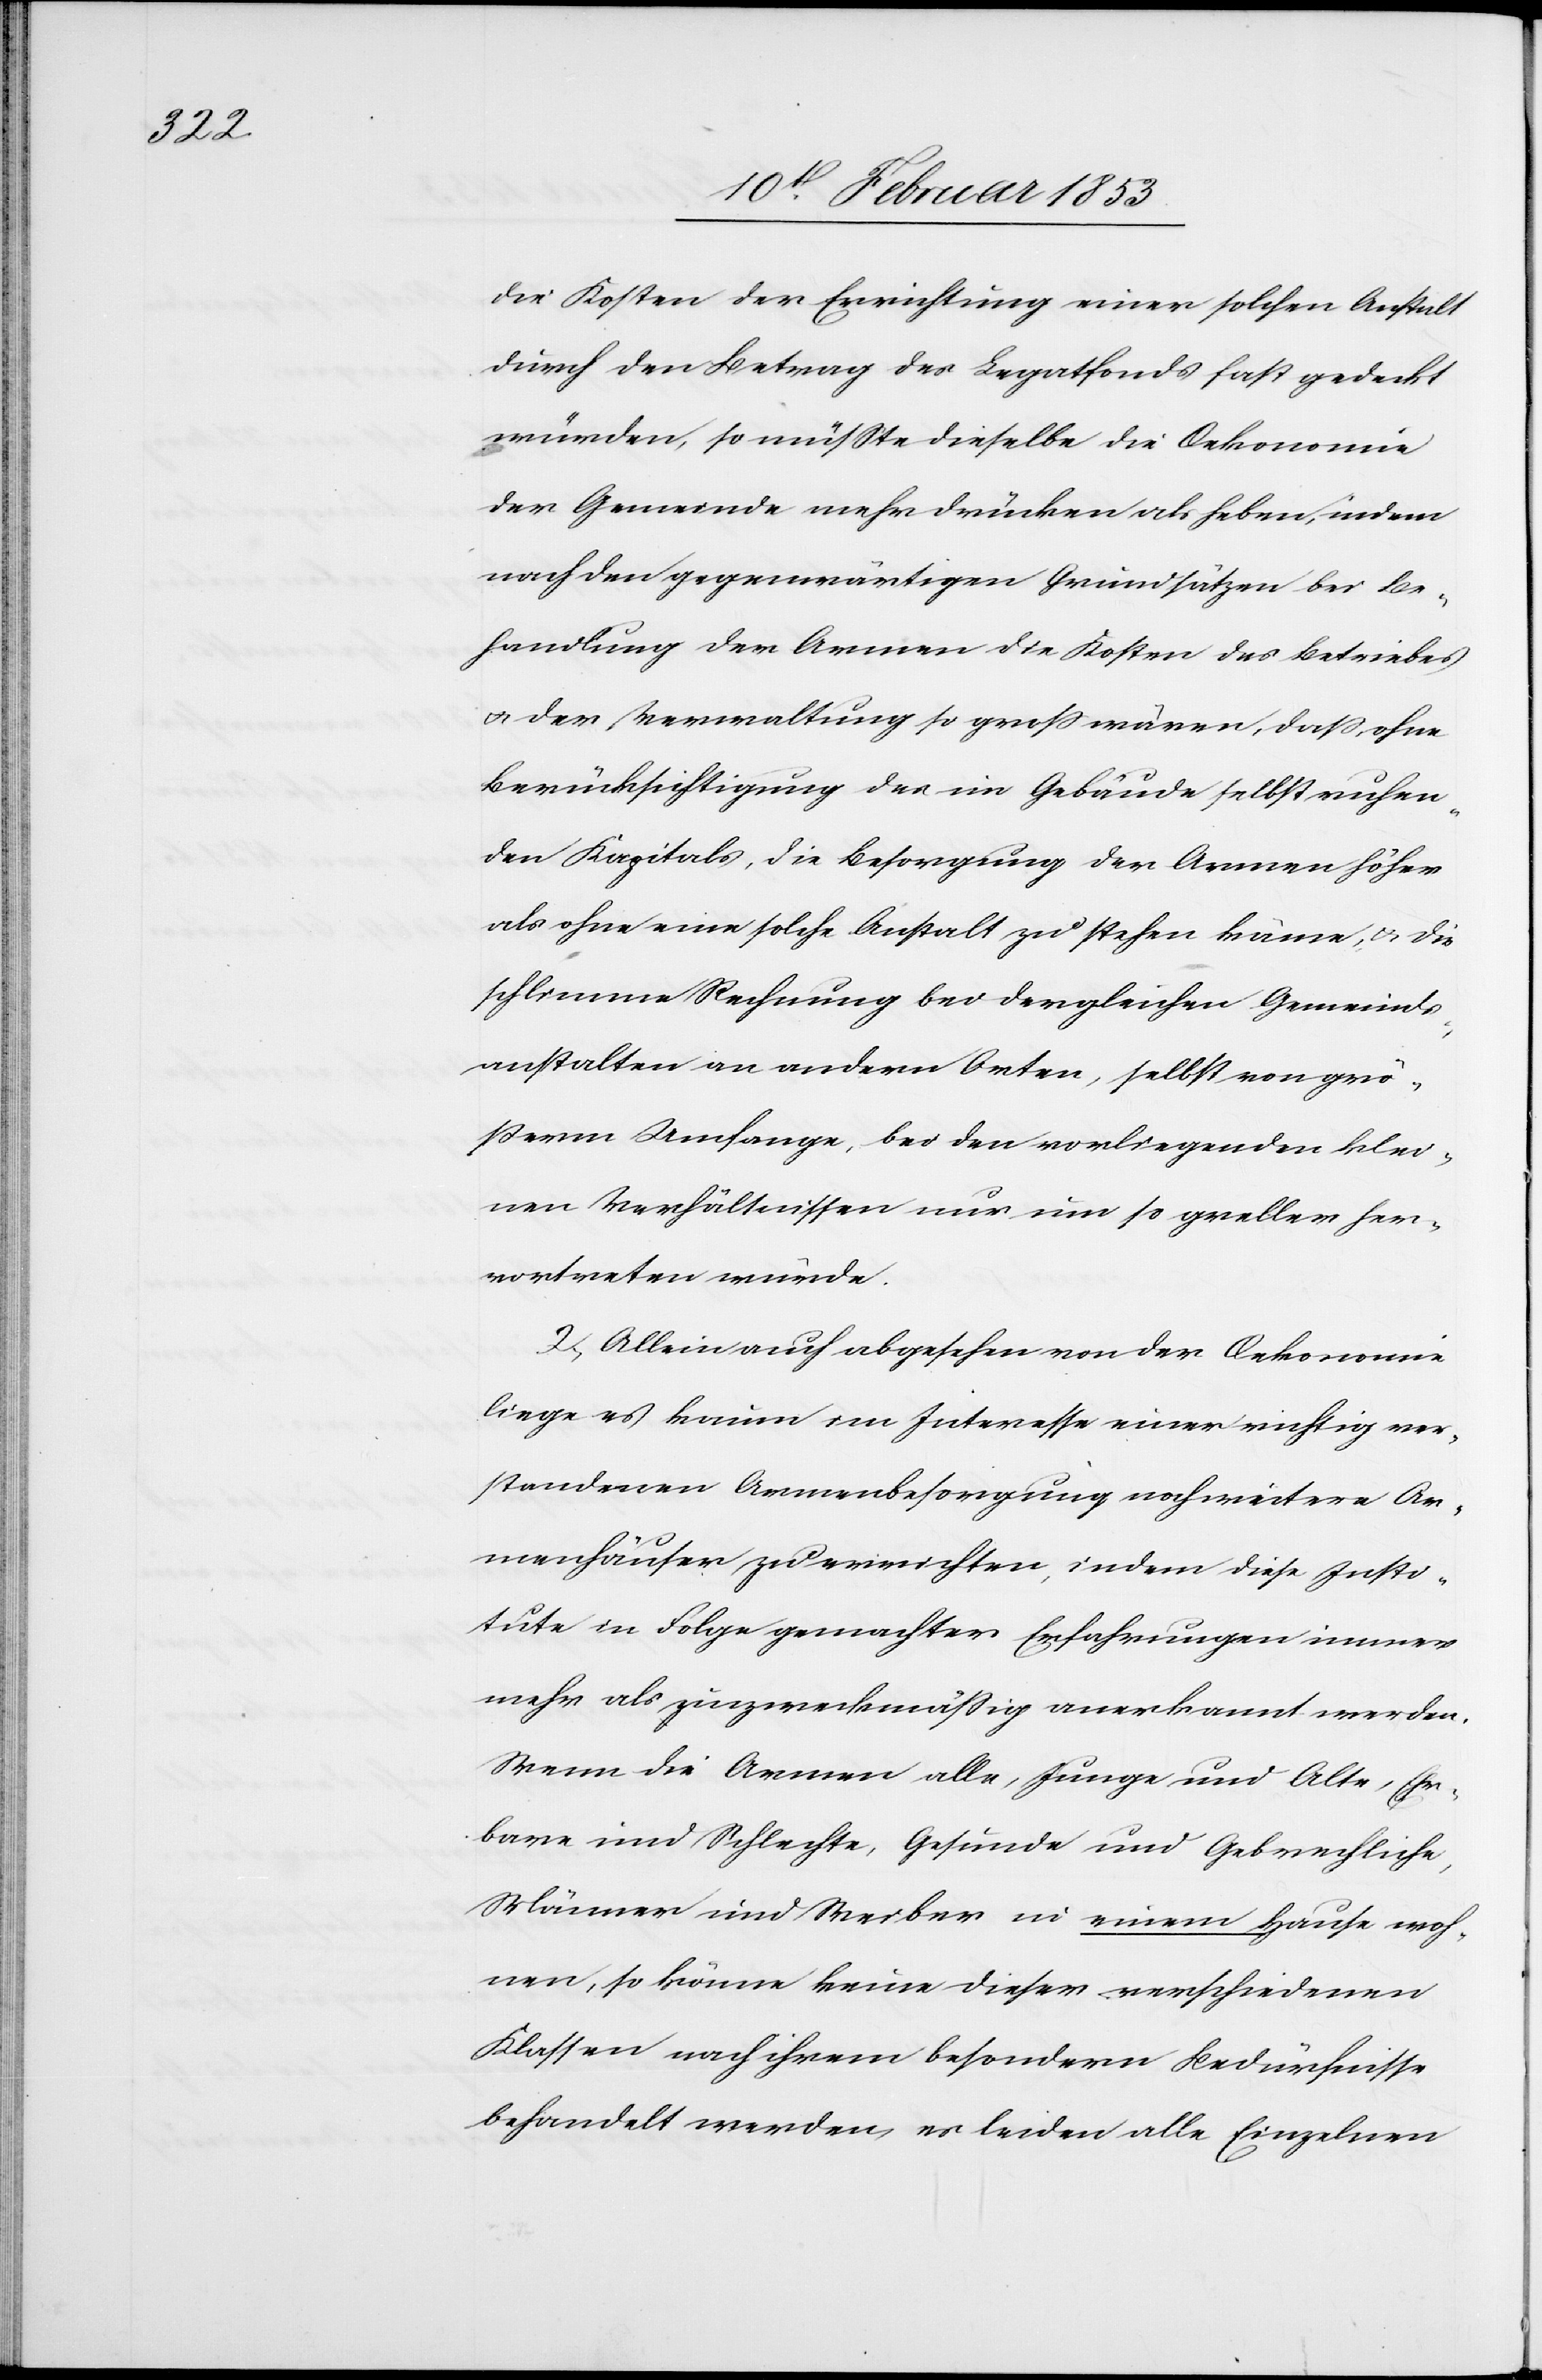
die Kosten der Errichtung einer solchen Anstalt
durch den Betrag des Legatfonds fast gedeckt
würden, so müßte dieselbe die Oekonomie
der Gemeinde mehr drücken als heben, indem
nach den gegenwärtigen Grundsätzen bei Be¬
handlung der Armen die Kosten des Betriebes
u. der Verwaltung so groß wären, daß, ohne
Berücksichtigung des im Gebäude selbst ruhen¬
den Kapitals, die Besorgung der Armen höher
schlimme Rechnung bei dergleichen Gemeinds¬
anstalten an andern Orten, selbst von grö¬
ßerm Umfange, bei den vorliegenden klei¬
nen Verhältnissen nur um so greller her¬
vortreten würde.
2, Allein auch abgesehen von der Oekonomie
liege es kaum im Interesse einer richtig ver¬
standenen Armenbesorgung noch weitere Ar¬
menhäuser zu errichten, indem diese Insti¬
tute in Folge gemachter Erfahrungen immer
mehr als zuzweckmäßig [sic!] anerkannt werden.
Wenn die Armen alle, Junge und Alte, Ehr¬
bare und Schlechte, Gesunde und Gebrechliche,
Männer und Weiber in einem Hause woh¬
nen, so könne keine dieser verschiedenen
Klassen nach ihrem besondern Bedürfnisse
behandelt werden, es leiden alle Einzelnen